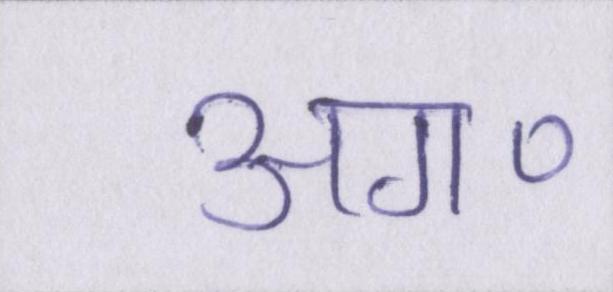
अग॰